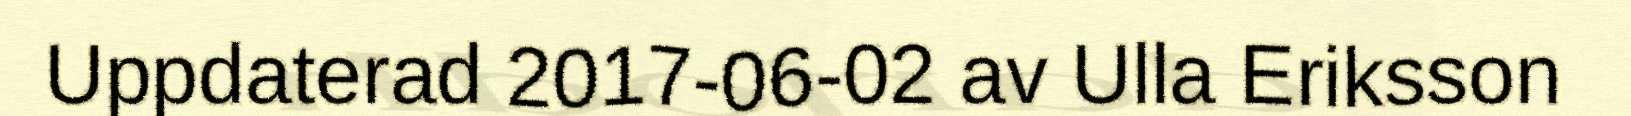
Uppdaterad 2017-06-02 av Ulla Eriksson